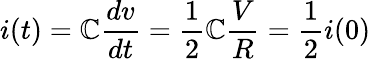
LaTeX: i(t)=\mathbb{C}\frac{{dv}}{{dt}}=\frac{{1}}{{2}}\mathbb{C}\frac{{V}}{{R}}=\frac{{1}}{{2}}i(0)